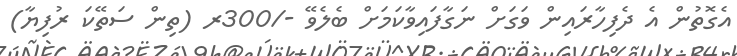
އެގޮތުން އެ ދެފިހާރައިން ވަގަށް ނަގާފައިވާކަމަށް ބެލެވޭ -/300ރ (ތިން ސަތޭކަ ރުފިޔާ)